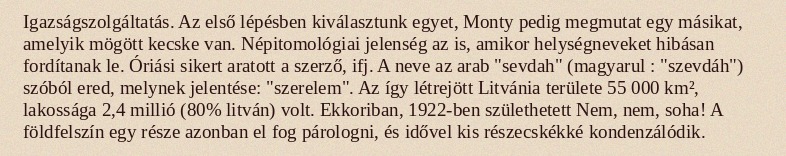
Igazságszolgáltatás. Az első lépésben kiválasztunk egyet, Monty pedig megmutat egy másikat, amelyik mögött kecske van. Népitomológiai jelenség az is, amikor helységneveket hibásan fordítanak le. Óriási sikert aratott a szerző, ifj. A neve az arab "sevdah" (magyarul : "szevdáh") szóból ered, melynek jelentése: "szerelem". Az így létrejött Litvánia területe 55 000 km², lakossága 2,4 millió (80% litván) volt. Ekkoriban, 1922-ben születhetett Nem, nem, soha! A földfelszín egy része azonban el fog párologni, és idővel kis részecskékké kondenzálódik.